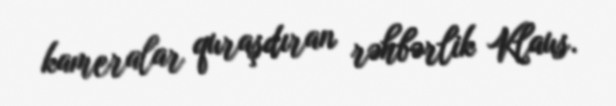
kameralar quraşdıran rəhbərlik Klaus.